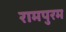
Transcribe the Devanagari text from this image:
रामपुरम